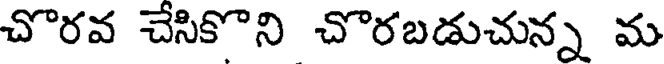
చొరవ చేసికొని చొరబడుచున్న మ